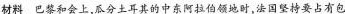
材料 巴黎和会上，瓜分土耳其的中东阿拉伯领地时，法国坚持要占有包